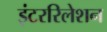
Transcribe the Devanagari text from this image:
इंटररिलेशन